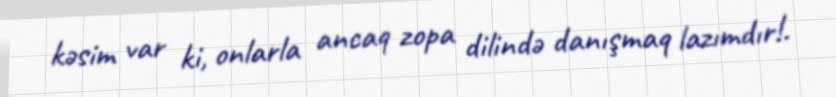
kəsim var ki, onlarla ancaq zopa dilində danışmaq lazımdır!.